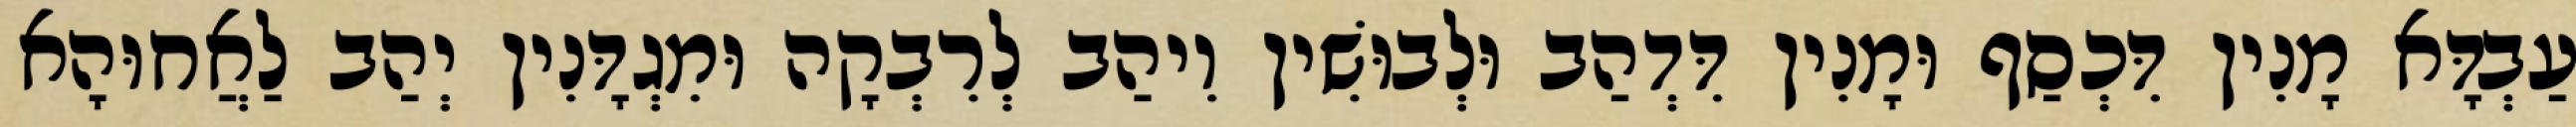
עַבְדָּא מָנִין דִּכְסַף וּמָנִין דִּדְהַב וּלְבוּשִׁין וִיהַב לְרִבְקָה וּמִגְדָּנִין יְהַב לַאֲחוּהָא